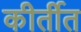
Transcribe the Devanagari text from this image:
कीर्तीत